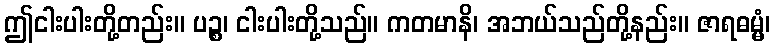
ဤငါးပါးတို့တည်း။ ပဉ္စ၊ ငါးပါးတို့သည်။ ကတမာနိ၊ အဘယ်သည်တို့နည်း။ ဇာရဓမ္မံ၊